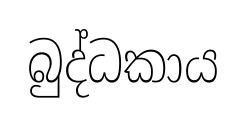
බුද්ධකාය